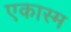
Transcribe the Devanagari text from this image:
एकास्म